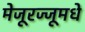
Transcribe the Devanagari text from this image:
मेजूरज्जूमधे